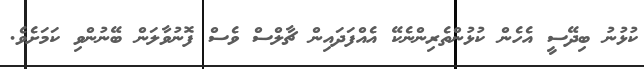
ކުޅުނު ބިދޭސީ އެހެން ކުޅުންތެރިންނެކޭ އެއްފަދައިން ޗާލްސް ވެސް ފޮނުވާލަން ބޭނުންވި ކަމަށެވެ.